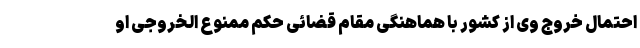
احتمال خروج وی از کشور با هماهنگی مقام قضائی حکم ممنوع الخروجی او